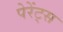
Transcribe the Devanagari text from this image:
पेरेंट्स